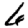
Digit: 6